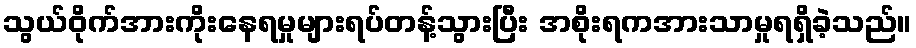
သွယ်ဝိုက်အားကိုးနေရမှုများရပ်တန့်သွားပြီး အစိုးရကအားသာမှုရရှိခဲ့သည်။